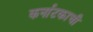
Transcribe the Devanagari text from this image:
कर्नाटकाची